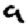
Digit: 9